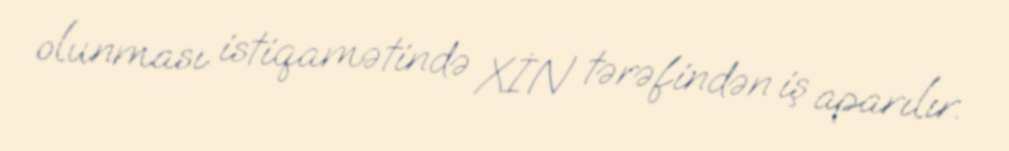
olunması istiqamətində XİN tərəfindən iş aparılır.